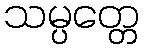
သမ္ပတ္တေ